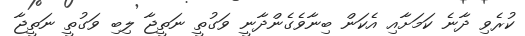
ކުރެވި ދާނެ ކަމަށާއި އެކަން ބިނާވެގެންދާނީ ވަގުތީ ނަތީޖާ ލިބި ވަގުތީ ނަތީޖާ